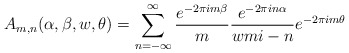
\begin{align*} \displaystyle A_{m,n}(\alpha, \beta , w, \theta)= \sum_{n=-\infty }^{\infty } \frac{e^{-2\pi i m \beta }}{m} \frac{e^{-2\pi i n\alpha }}{wmi-n}e^{-2\pi i m \theta } \\ \end{align*}